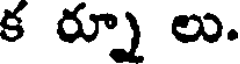
క ర్నూ లు.